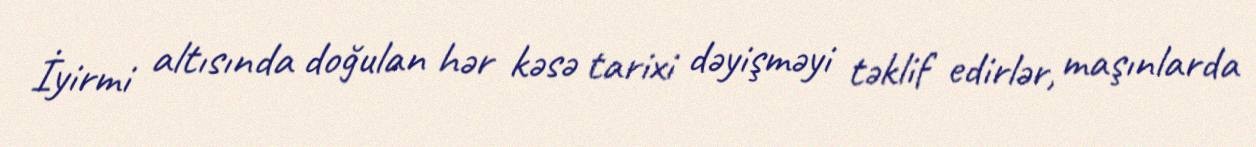
İyirmi altısında doğulan hər kəsə tarixi dəyişməyi təklif edirlər, maşınlarda